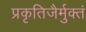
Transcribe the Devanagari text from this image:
प्रकृतिजैर्मुक्तं